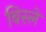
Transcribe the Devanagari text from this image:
बिस्ले